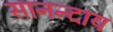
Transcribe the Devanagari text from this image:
सानन्दाय